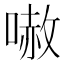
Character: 𠻲